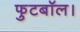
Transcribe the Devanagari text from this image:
फुटबॉल।